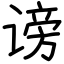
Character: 谤